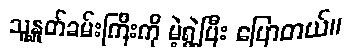
သူ့နှုတ်ခမ်းကြီးကို မဲ့ရွဲ့ပြီး ပြောတယ်။